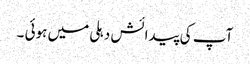
آپ کی پیدائش دہلی میں ہوئی ۔